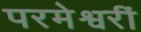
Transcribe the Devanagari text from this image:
परमेश्वरीं